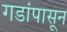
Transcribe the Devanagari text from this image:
गडांपासून